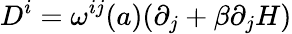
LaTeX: D^{i}=\omega^{ij}(a)(\partial_{j}+\beta\partial_{j}H)